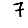
Digit: 7